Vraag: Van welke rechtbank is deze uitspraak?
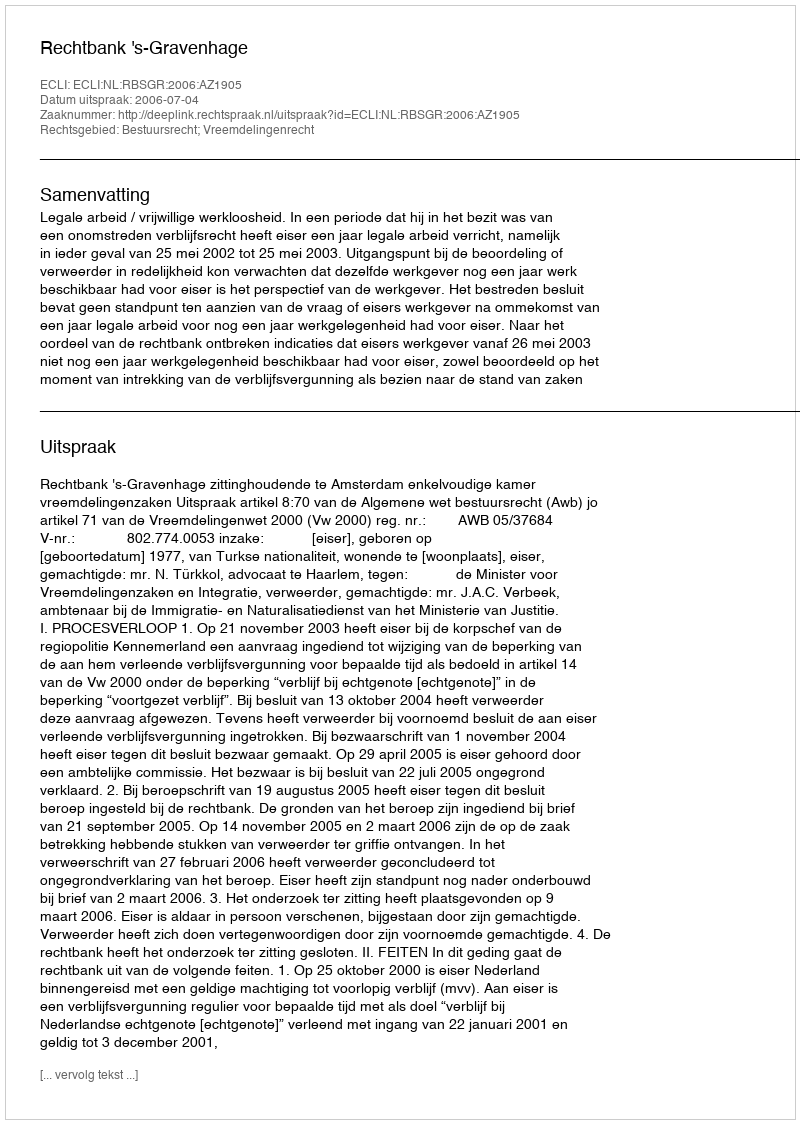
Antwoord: Rechtbank 's-Gravenhage